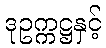
ဒုဥက္ကဋ္ဌနှင့်